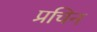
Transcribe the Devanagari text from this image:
प्रचिन